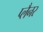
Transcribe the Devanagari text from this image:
प्लैनर